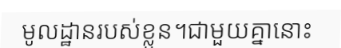
មូលដ្ឋានរបស់ខ្លួន។ជាមួយគ្នានោះ